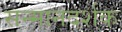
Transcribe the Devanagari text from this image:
सन्मानदर्शक